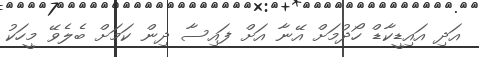
އަދި އައިޑީކާޑް ހޯދުމަށް އޭނާ އަށް ފައިސާ ދިން ކަމަށް ބެލެވޭ މީހަކު